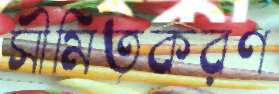
সীমিতকরণ